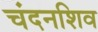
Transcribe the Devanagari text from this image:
चंदनशिव